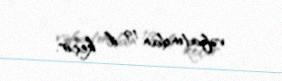
vəfatından 19 il keçir.